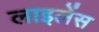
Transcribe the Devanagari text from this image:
लाइलेंस